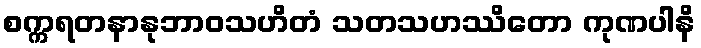
စက္ကရတနာနုဘာဝသဟိတံ သတသဟဿိတော ကုဏပါနိ